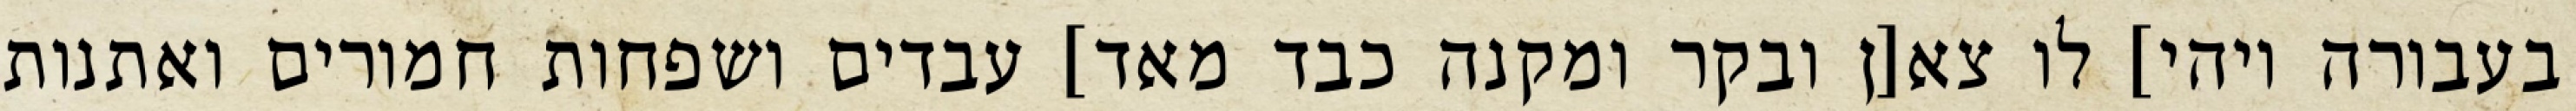
בעבורה ויהי] לו צא[ן ובקר ומקנה כבד מאד] עבדים ושפחות חמורים ואתנות